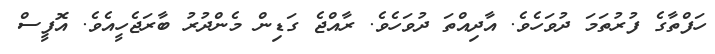
ހަފްތާގެ ފުރުތަމަ ދުވަހެވެ. އާދިއްތަ ދުވަހެވެ. ރާއްޖެ ގަޑިން މެންދުރު ބާރަޖެހީއެވެ. އޮފީސް